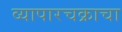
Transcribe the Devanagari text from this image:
व्यापारचक्राचा